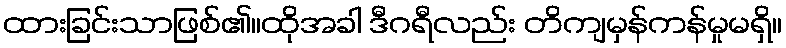
ထားခြင်းသာဖြစ်၏။ထိုအခါ ဒီဂရီလည်း တိကျမှန်ကန်မှုမရှိ။